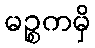
မဉ္စကမှိ